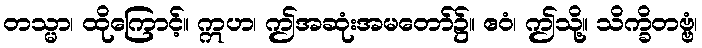
တသ္မာ၊ ထိုကြောင့်။ ဣဟ၊ ဤအဆုံးအမတော်၌။ ဧဝံ၊ ဤသို့။ သိက္ခိတဗ္ဗံ၊